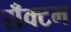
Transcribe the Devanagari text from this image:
सँक्टम